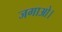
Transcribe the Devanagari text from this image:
जगाओ।